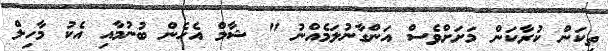
ތިކަން ކުރާކަން މަށަށްވެސް އަންގާނުލަމެއްނު " ޝާމް އެހެން ބުނުމާއި އެކު މާހިލް